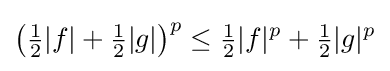
\left({\tfrac {1}{2}}|f|+{\tfrac {1}{2}}|g|\right)^{p}\leq {\tfrac {1}{2}}|f|^{p}+{\tfrac {1}{2}}|g|^{p}